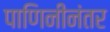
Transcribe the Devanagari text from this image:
पाणिनीनंतर